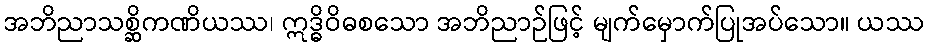
အဘိညာသစ္ဆိကဏိယဿ၊ ဣဒ္ဓိဝိဓစသော အဘိညာဉ်ဖြင့် မျက်မှောက်ပြုအပ်သော။ ယဿ